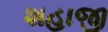
શહાજી